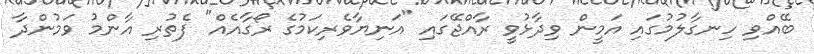
ބޭއްވި ހިނގާލުމުގައި އަމީން ވިދާޅުވީ ރާއްޖޭގައި "އަނިޔާވެރިކަމުގެ ރޯގާއެއް" ފެތުރި އާންމު ވަމުންދާ